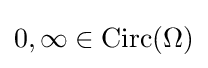
0,\infty \in \operatorname {Circ} (\Omega )